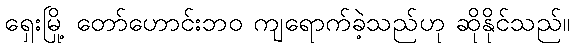
ရှေးမြို့ တော်ဟောင်းဘဝ ကျရောက်ခဲ့သည်ဟု ဆိုနိုင်သည်။